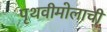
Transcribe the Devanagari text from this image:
पृथवीमोलाची